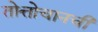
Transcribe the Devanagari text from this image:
तोत्तोचानची